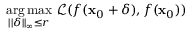
\underset { | | \delta | | _ { \infty } \le r } { \arg \operatorname* { m a x } } ~ \mathcal { L } ( f ( \mathbf { x } _ { 0 } + \delta ) , f ( \mathbf { x } _ { 0 } ) )